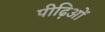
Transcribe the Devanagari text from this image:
पीढ़िओं